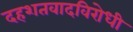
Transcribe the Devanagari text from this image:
दहशतवादविरोधी